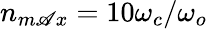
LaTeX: n_{m\mathscr{A}x}=10\omega_{c}/\omega_{o}